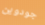
جودوين